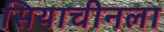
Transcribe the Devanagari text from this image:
सियाचीनला